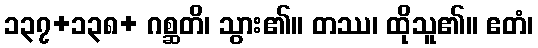
၁၃၇+၁၃၈+ ဂစ္ဆတိ၊ သွား၏။ တဿ၊ ထိုသူ၏။ ဧတံ၊